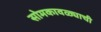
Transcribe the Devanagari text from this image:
सोमकावळ्याची